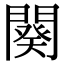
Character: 闋